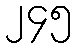
၂၄၅